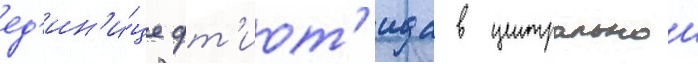
ед'ин'и́це фт'иот'ида в центральнои